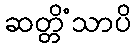
ဆတ္တိံသာပိ